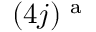
( 4 j ) ^ { \mathrm { ~ a ~ } }